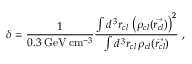
\delta = \frac { 1 } { 0 . 3 \; \mathrm { G e V } \, \mathrm { c m } ^ { - 3 } } \frac { \int d ^ { \, 3 } r _ { c l } \, \left( \rho _ { c l } ( \vec { r _ { c l } } ) \right) ^ { 2 } } { \int d ^ { \, 3 } r _ { c l } \, \rho _ { c l } ( \vec { r _ { c l } } ) } \; ,